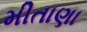
મીતાણા